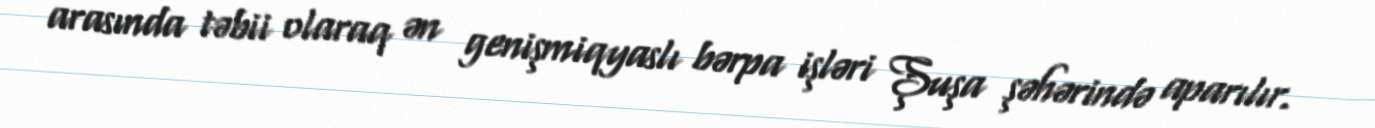
arasında təbii olaraq ən genişmiqyaslı bərpa işləri Şuşa şəhərində aparılır.